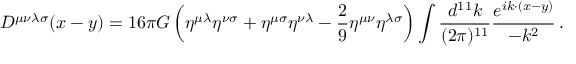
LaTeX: D ^ { \mu \nu \lambda \sigma } ( x - y ) = 1 6 \pi G \left( \eta ^ { \mu \lambda } \eta ^ { \nu \sigma } + \eta ^ { \mu \sigma } \eta ^ { \nu \lambda } - { \frac { 2 } { 9 } } \eta ^ { \mu \nu } \eta ^ { \lambda \sigma } \right) \int { \frac { d ^ { 1 1 } k } { ( 2 \pi ) ^ { 1 1 } } } { \frac { e ^ { i k \cdot ( x - y ) } } { - k ^ { 2 } } } \, .